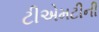
ટીએમટીની